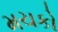
મચકો